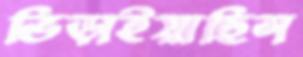
ভিড়াইয়াছিস